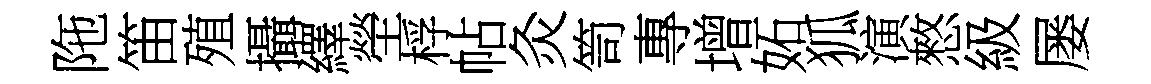
陁笛殖攝繹塋桴帖灸笥專增妬狐演憗級屡